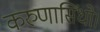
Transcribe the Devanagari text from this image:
करुणासिंधो।